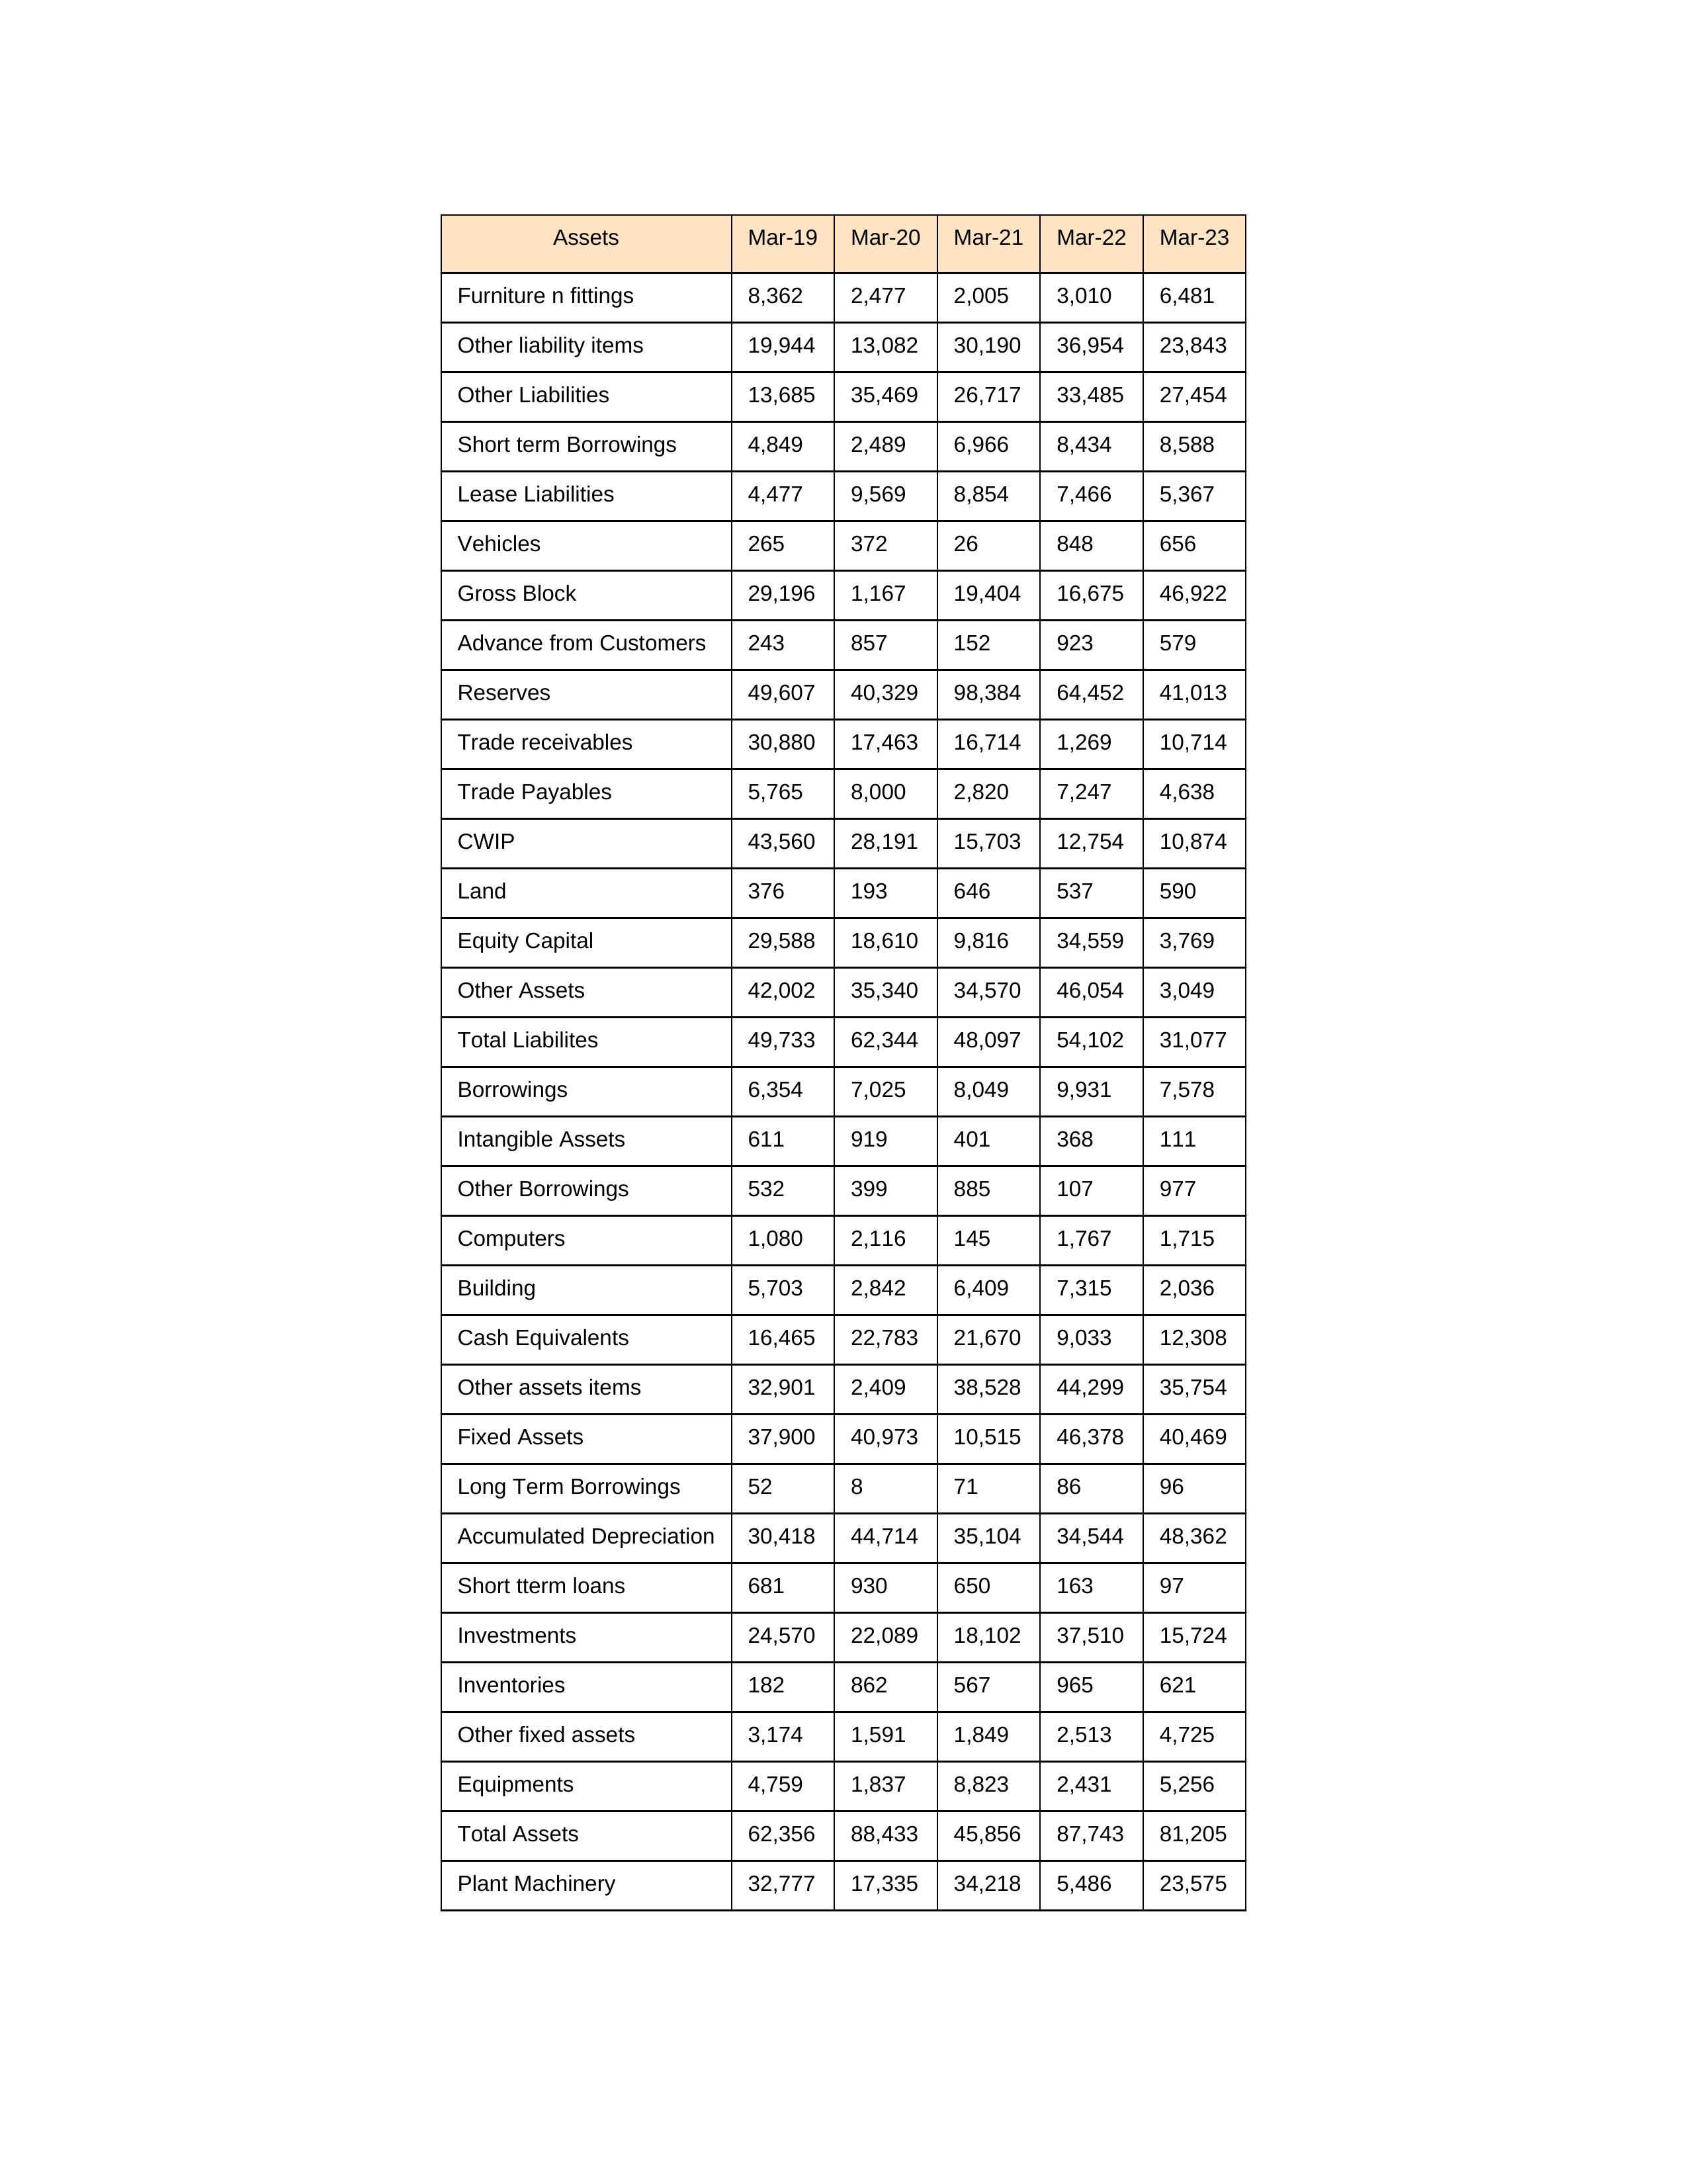
gt_parse: Mar-19: Equity Capital: 29,588
Reserves: 49,607
Borrowings: 6,354
Long Term Borrowings: 52
Short term Borrowings: 4,849
Lease Liabilities: 4,477
Other Borrowings: 532
Other Liabilities: 13,685
Trade Payables: 5,765
Advance from Customers: 243
Other liability items: 19,944
Total Liabilites: 49,733
Fixed Assets: 37,900
Land: 376
Building: 5,703
Plant Machinery: 32,777
Equipments: 4,759
Computers: 1,080
Furniture n fittings: 8,362
Vehicles: 265
Intangible Assets: 611
Other fixed assets: 3,174
Gross Block: 29,196
Accumulated Depreciation: 30,418
CWIP: 43,560
Investments: 24,570
Other Assets: 42,002
Inventories: 182
Trade receivables: 30,880
Cash Equivalents: 16,465
Short tterm loans: 681
Other assets items: 32,901
Total Assets: 62,356
Mar-20: Equity Capital: 18,610
Reserves: 40,329
Borrowings: 7,025
Long Term Borrowings: 8
Short term Borrowings: 2,489
Lease Liabilities: 9,569
Other Borrowings: 399
Other Liabilities: 35,469
Trade Payables: 8,000
Advance from Customers: 857
Other liability items: 13,082
Total Liabilites: 62,344
Fixed Assets: 40,973
Land: 193
Building: 2,842
Plant Machinery: 17,335
Equipments: 1,837
Computers: 2,116
Furniture n fittings: 2,477
Vehicles: 372
Intangible Assets: 919
Other fixed assets: 1,591
Gross Block: 1,167
Accumulated Depreciation: 44,714
CWIP: 28,191
Investments: 22,089
Other Assets: 35,340
Inventories: 862
Trade receivables: 17,463
Cash Equivalents: 22,783
Short tterm loans: 930
Other assets items: 2,409
Total Assets: 88,433
Mar-21: Equity Capital: 9,816
Reserves: 98,384
Borrowings: 8,049
Long Term Borrowings: 71
Short term Borrowings: 6,966
Lease Liabilities: 8,854
Other Borrowings: 885
Other Liabilities: 26,717
Trade Payables: 2,820
Advance from Customers: 152
Other liability items: 30,190
Total Liabilites: 48,097
Fixed Assets: 10,515
Land: 646
Building: 6,409
Plant Machinery: 34,218
Equipments: 8,823
Computers: 145
Furniture n fittings: 2,005
Vehicles: 26
Intangible Assets: 401
Other fixed assets: 1,849
Gross Block: 19,404
Accumulated Depreciation: 35,104
CWIP: 15,703
Investments: 18,102
Other Assets: 34,570
Inventories: 567
Trade receivables: 16,714
Cash Equivalents: 21,670
Short tterm loans: 650
Other assets items: 38,528
Total Assets: 45,856
Mar-22: Equity Capital: 34,559
Reserves: 64,452
Borrowings: 9,931
Long Term Borrowings: 86
Short term Borrowings: 8,434
Lease Liabilities: 7,466
Other Borrowings: 107
Other Liabilities: 33,485
Trade Payables: 7,247
Advance from Customers: 923
Other liability items: 36,954
Total Liabilites: 54,102
Fixed Assets: 46,378
Land: 537
Building: 7,315
Plant Machinery: 5,486
Equipments: 2,431
Computers: 1,767
Furniture n fittings: 3,010
Vehicles: 848
Intangible Assets: 368
Other fixed assets: 2,513
Gross Block: 16,675
Accumulated Depreciation: 34,544
CWIP: 12,754
Investments: 37,510
Other Assets: 46,054
Inventories: 965
Trade receivables: 1,269
Cash Equivalents: 9,033
Short tterm loans: 163
Other assets items: 44,299
Total Assets: 87,743
Mar-23: Equity Capital: 3,769
Reserves: 41,013
Borrowings: 7,578
Long Term Borrowings: 96
Short term Borrowings: 8,588
Lease Liabilities: 5,367
Other Borrowings: 977
Other Liabilities: 27,454
Trade Payables: 4,638
Advance from Customers: 579
Other liability items: 23,843
Total Liabilites: 31,077
Fixed Assets: 40,469
Land: 590
Building: 2,036
Plant Machinery: 23,575
Equipments: 5,256
Computers: 1,715
Furniture n fittings: 6,481
Vehicles: 656
Intangible Assets: 111
Other fixed assets: 4,725
Gross Block: 46,922
Accumulated Depreciation: 48,362
CWIP: 10,874
Investments: 15,724
Other Assets: 3,049
Inventories: 621
Trade receivables: 10,714
Cash Equivalents: 12,308
Short tterm loans: 97
Other assets items: 35,754
Total Assets: 81,205